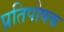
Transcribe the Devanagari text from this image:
प्रतिपोषक